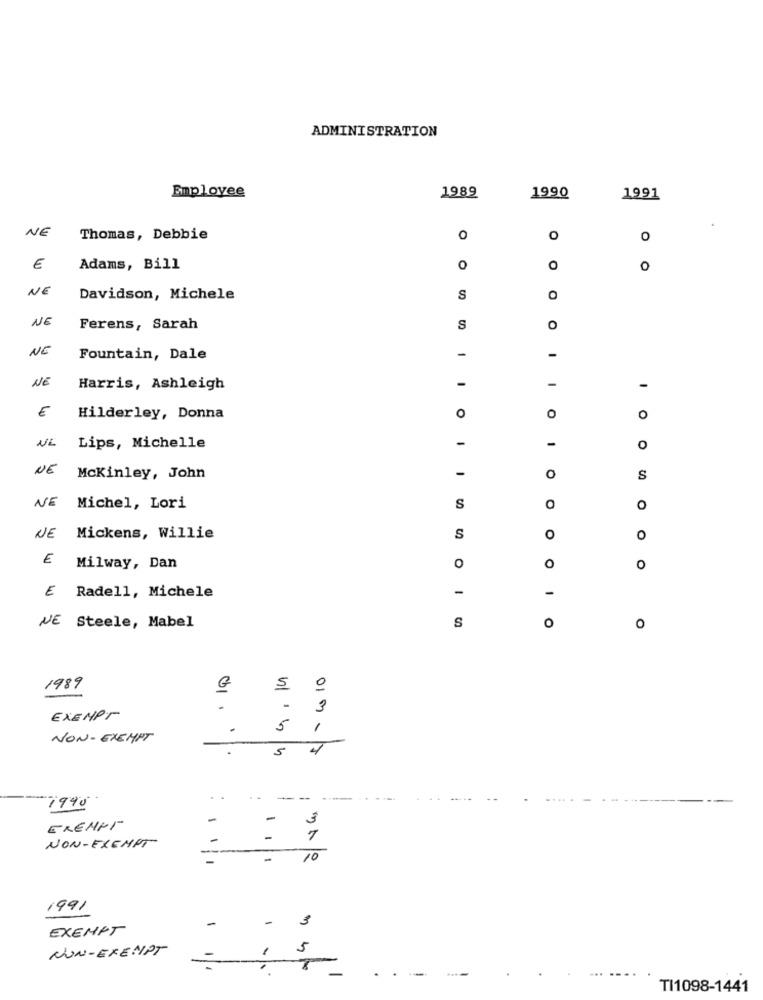
ADMINISTRATION
Employee
1989
1990
1991
NE
Thomas, Debbie
0
O
0
€
Adams, Bill
0
O
0
NE
Davidson, Michele
S
NE
Ferens, Sarah
S
O
NE
-
Fountain, Dale
-
NE
-
Harris, Ashleigh
-
€
O
Hilderley, Donna
0
0
-
-
NE
Lips, Michelle
0
NE
-
Mckinley, John
o
S
NE
Michel, Lori
S
o
NE
Mickens, Willie
S
O
0
E
Milway, Dan
0
o
0
-
E Radell, Michele
NE Steele, Mabel
O
S
O
10
1989
€
5
.
3
EXEMPT
.
5
1
NON-EXEMPT
.
5
1990
.
--
-
-
تى
EXEMPT
NON-EXEMPT
1
-
10
1991
-
3
EXEMPT
NON-EXEMPT
5
TI1098-1441